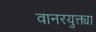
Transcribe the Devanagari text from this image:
वानरयुक्त्या